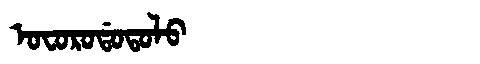
Manchu: ᠣᠸᠣᡵᠣᡩᠣᡨᠣᠯᠣ
Romanization: OFORODOTOLO